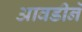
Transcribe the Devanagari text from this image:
आवडीनें